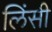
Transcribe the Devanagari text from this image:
लिंसी